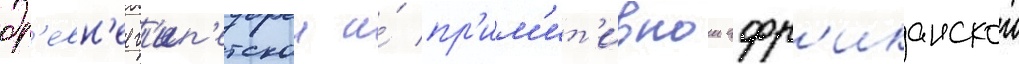
др'евн'еег'ип'етскои и́ пр'им'ит'ивнои афр'иканскои